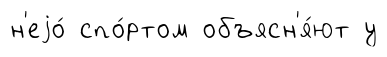
н'еjо́ спо́ртом объясн'я́ют у